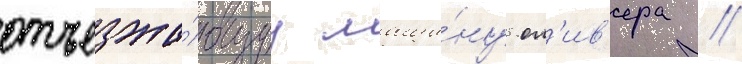
отъезжа́ющуу маши́ну ол'ив'ера //